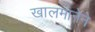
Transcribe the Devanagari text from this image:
खालमानेने